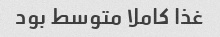
غذا کاملا متوسط بود